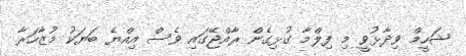
ޝަހީމް ވިދާޅުވީ މި ފިލްމާ ގުޅިގެން ރާއްޖޭގައި ވެސް އިއްޔެ ބަޔަކު މުޒާހަރާ